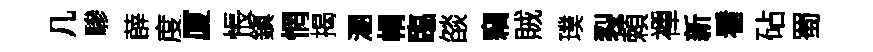
几驂薜度厦悵鎭惘揭溷㡌臨燄竊賊璞裂頼襌新看砧蜀